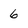
Character: 6